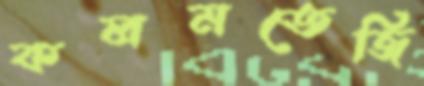
কলমতেজি